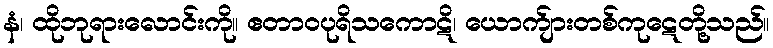
နံ၊ ထိုဘုရားလောင်းကို။ ဧတာဝပုရိသကောဋိ၊ ယောက်ျားတစ်ကုဋေတို့သည်။